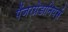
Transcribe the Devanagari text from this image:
पैंजरग्रेडानियर्स